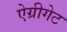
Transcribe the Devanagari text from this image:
ऐग्रीगेट